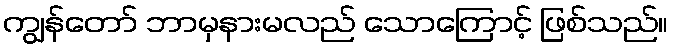
ကျွန်တော် ဘာမှနားမလည် သောကြောင့် ဖြစ်သည်။